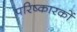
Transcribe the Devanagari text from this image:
परिष्कारकों